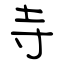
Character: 寺